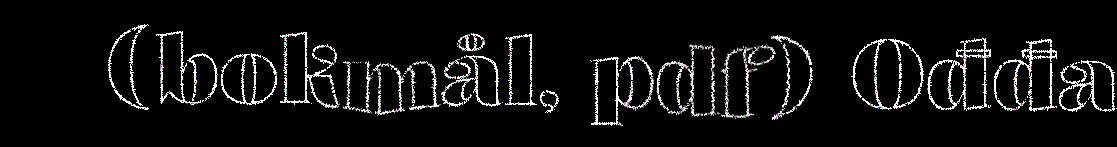
(bokmål, pdf) Ođđa